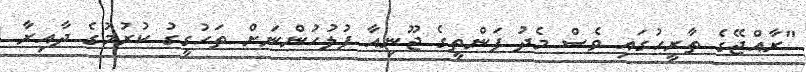
"ރާއްޖޭގެ ތާރީހުގައި ވެސް މެދު ފަންތީގެ ޖޫނިއާ ފުލުހުންނަށް ތަހުގީގު ކުރުމުގެ ދާއިރާ